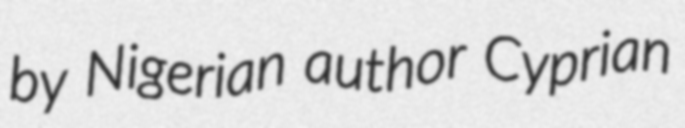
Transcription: by Nigerian author Cyprian